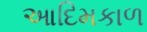
આદિમકાળ